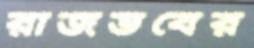
রাজভবের